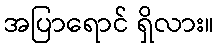
အပြာရောင် ရှိလား။